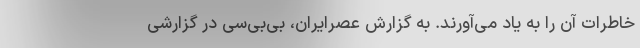
خاطرات آن را به یاد می‌آورند. به گزارش عصرایران، بی‌بی‌سی در گزارشی